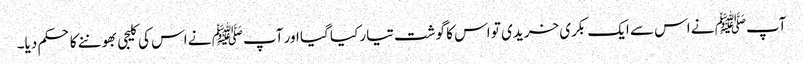
آپﷺ نے اس سے ایک بکری خریدی تو اس کا گوشت تیار کیا گیا اور آپﷺ نے اس کی کلیجی بھوننے کا حکم دیا۔